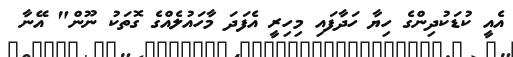
އެއީ ކުޑަކުދިންގެ ހިޔާ ހަދާފައި މިހިރީ އެފަދަ މާހައުލެއްގެ ގޮތަކު ނޫން" އޭނާ